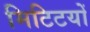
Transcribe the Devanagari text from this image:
मिटिटयों